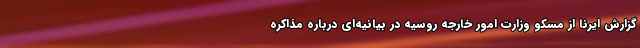
گزارش ایرنا از مسکو وزارت امور خارجه روسیه در بیانیه‌ای درباره مذاکره